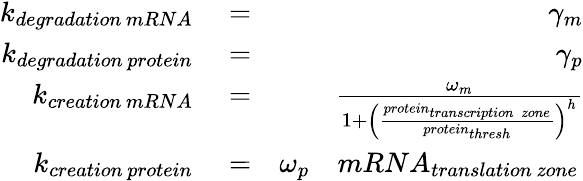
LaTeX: \begin{array}{rlr}{k_{degradation\, mRNA}}&{{}=}&{\gamma_{m}}\\ {k_{degradation\, protein}}&{{}=}&{\gamma_{p}}\\ {k_{creation\, mRNA}}&{{}=}&{\frac{\omega_{m}}{1+\left(\frac{protein_{transcription\; zone}}{protein_{thresh}}\right)^{h}}}\\ {k_{creation\, protein}}&{{}=}&{\omega_{p}\quad{mRNA}_{translation\, zone}\, }\end{array}